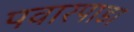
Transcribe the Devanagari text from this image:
पवारपाडा